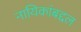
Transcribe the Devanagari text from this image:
नायिकांबद्दल